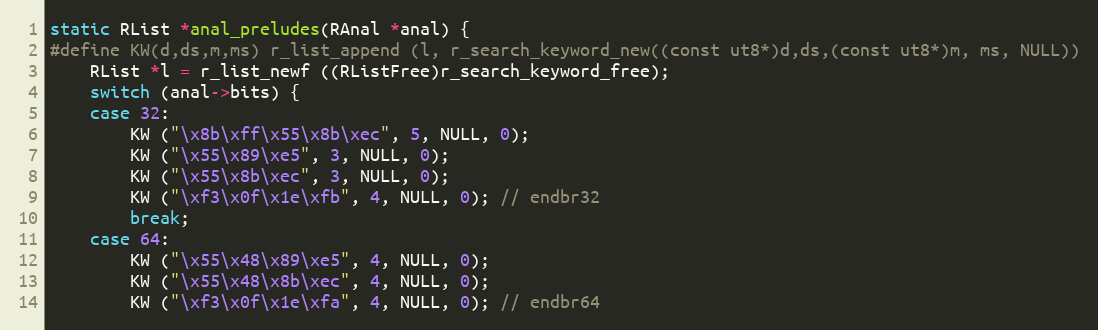
Language: C
static RList *anal_preludes(RAnal *anal) {
#define KW(d,ds,m,ms) r_list_append (l, r_search_keyword_new((const ut8*)d,ds,(const ut8*)m, ms, NULL))
	RList *l = r_list_newf ((RListFree)r_search_keyword_free);
	switch (anal->bits) {
	case 32:
		KW ("\x8b\xff\x55\x8b\xec", 5, NULL, 0);
		KW ("\x55\x89\xe5", 3, NULL, 0);
		KW ("\x55\x8b\xec", 3, NULL, 0);
		KW ("\xf3\x0f\x1e\xfb", 4, NULL, 0); // endbr32
		break;
	case 64:
		KW ("\x55\x48\x89\xe5", 4, NULL, 0);
		KW ("\x55\x48\x8b\xec", 4, NULL, 0);
		KW ("\xf3\x0f\x1e\xfa", 4, NULL, 0); // endbr64